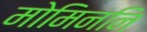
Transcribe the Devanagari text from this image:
मोमिननि